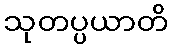
သုတပ္ပယာတိ